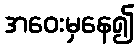
အဝေးမှနေ၍